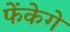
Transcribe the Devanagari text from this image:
फेंकेगे